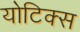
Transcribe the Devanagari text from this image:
योटिक्स